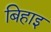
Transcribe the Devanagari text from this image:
बिहाइ